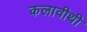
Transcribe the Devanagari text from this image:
कलावीथी